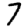
Digit: 7